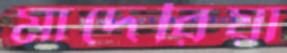
মাদেরিয়া